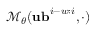
\mathcal { M } _ { \theta } ( \mathbf { u b } ^ { i - w : i } , \cdot )